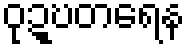
ဝုဍ္ဎတရေန